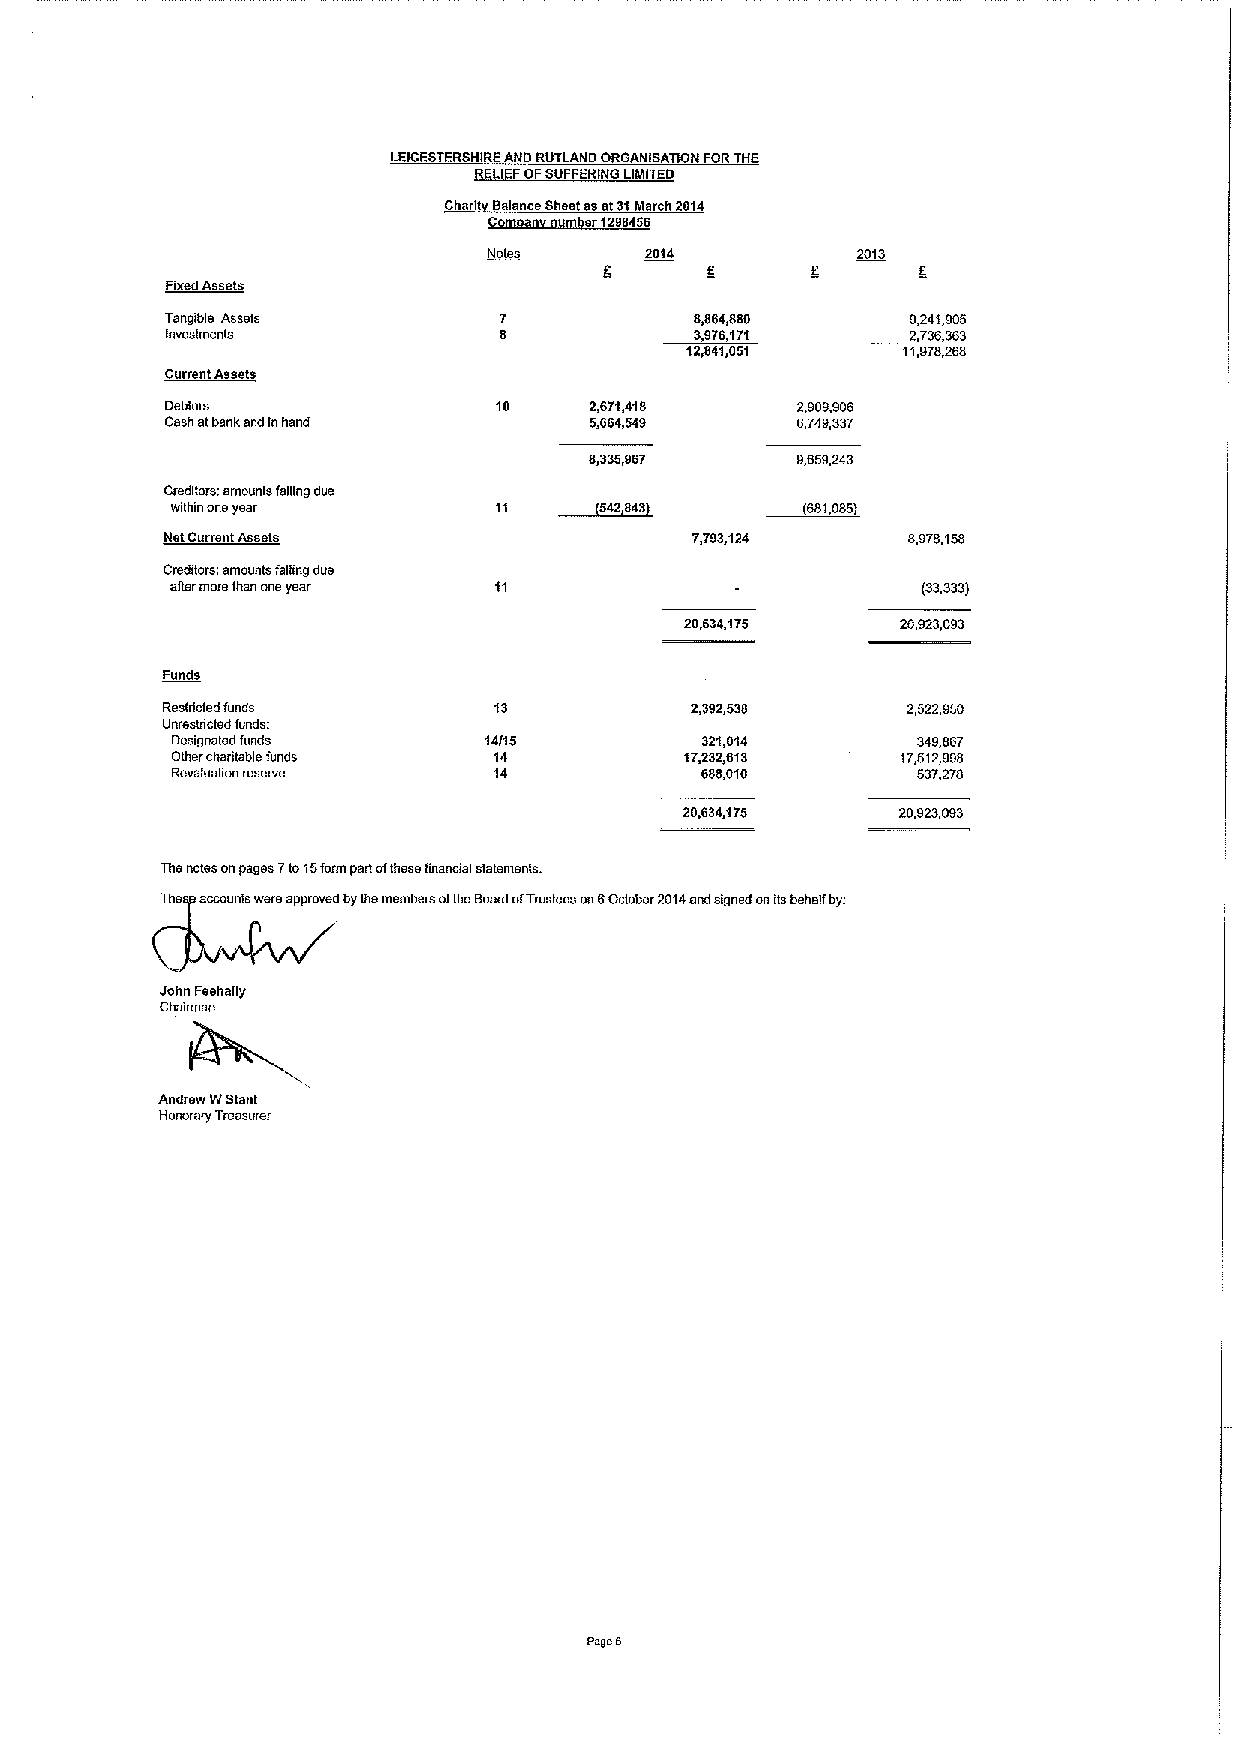
LEICESTERSHIRE AND RUTLAND ORGANISATION FOR THE
 RELIEF OF SUFFERING LIMITED
 Charity Balance Sheet as at 31 March 2014
 Company number 1298456
 Notes      2914          2013
 Fixed Assets
 Tangible Assets       7            8,864,880     9,241,905
 Investments           a            3,976,171     2,736,363
 12,841,051     11,978,268
 Current Assets
 Debtors               10    2,671,418     2,909,906
 Cash at bank and in hand    5,664,549     6,749,337
 8,335,967     9,659,243
 Creditors: amounts falling due
 within one year       11    (542,843)     (681,085)
 Net Current Assets                 7,793,124     8,978,158
 Creditors: amounts falling due
 after more than one year 11                       (33,333)
 20,634,175     20,923,093
 Funds
 Restricted funds      13           2,392,538     2,522,950
 Unrestdcted funds:
 Designated funds     14/15         321,014        349,867
 Other charitable funds 14         17,232,613     17,512,998
 Revaluation reserve   14           688,010        537,278
 20,634,175     20,923,093
 The notes on pages 7 to 15 form part of these financial statements.
 There accounts were approved by the members of the Board of Trustees on 6 October 2014 and signed on Its behalf by:
 John Feehally
 Chairman
 Andrew W Stant
 Honorary Treasurer
 Page 5